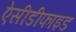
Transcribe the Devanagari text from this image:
ऐसीडीफाइड